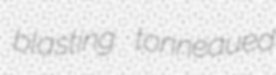
blasting tonneaued